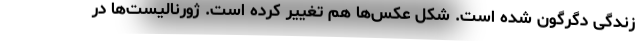
زندگی دگرگون شده است. شکل عکس‌ها هم تغییر کرده است. ژورنالیست‌ها در